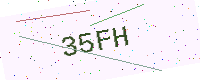
Text: 35FH